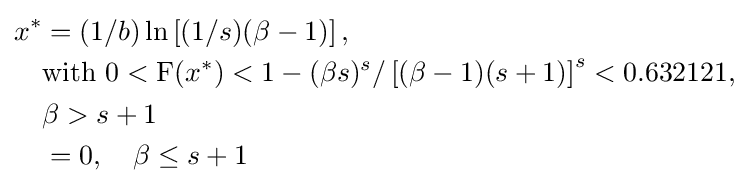
{\begin{aligned}x^{*}&=(1/b)\ln \left[(1/s)(\beta -1)\right],\\&{\text{with }}0<{\text{F}}(x^{*})<1-(\beta s)^{s}/\left[(\beta -1)(s+1)\right]^{s}<0.632121,\\&\beta >s+1\\&=0,\quad \beta \leq s+1\\\end{aligned}}